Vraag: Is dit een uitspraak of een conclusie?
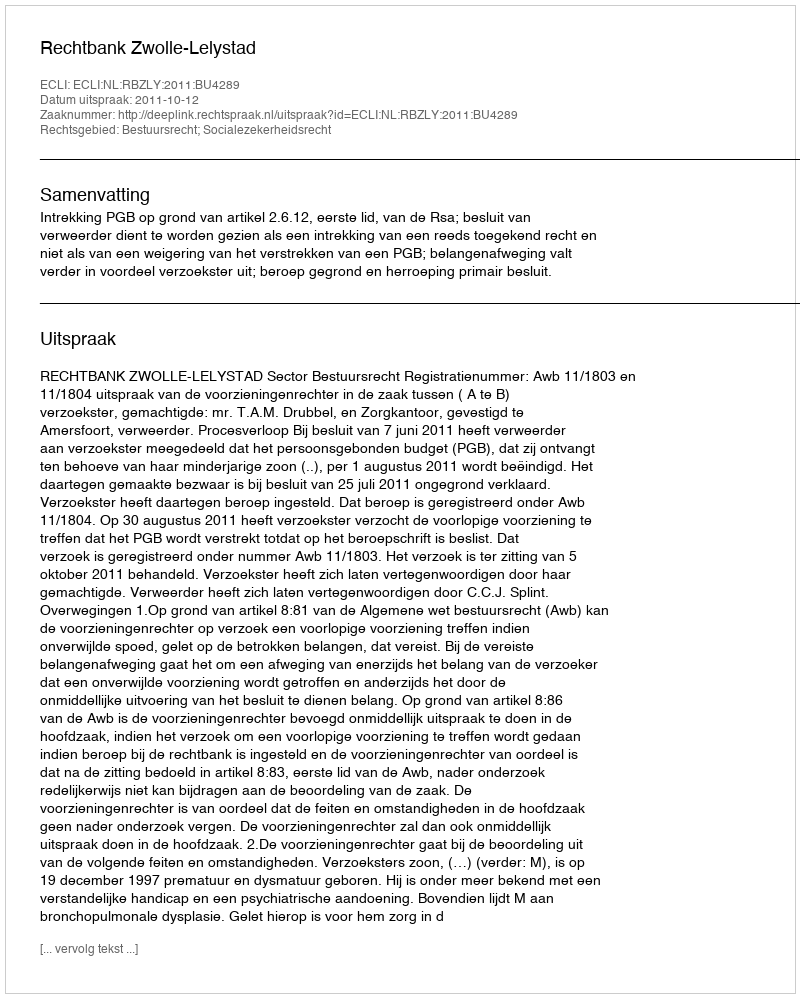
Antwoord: Uitspraak